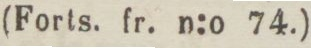
(Forts. fr. n:o 74.)